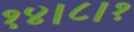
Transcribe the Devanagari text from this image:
१४।८।१